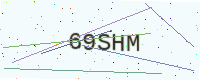
Text: 69SHM